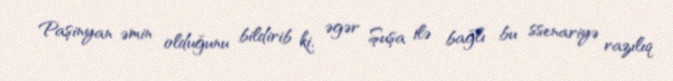
Paşinyan əmin olduğunu bildirib ki, əgər Şuşa ilə bağlı bu ssenariyə razılıq